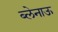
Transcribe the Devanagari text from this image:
ब्लेनाऊ